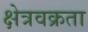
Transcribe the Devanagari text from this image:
क्षेत्रवक्रता